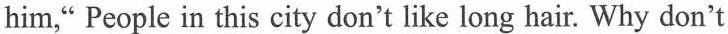
him," People in this city don't like long hair. Why don't